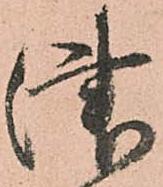
津